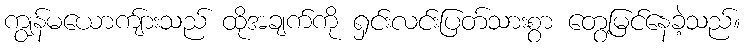
ကျွန်မယောကျ်ားသည် ထိုအချက်ကို ရှင်းလင်းပြတ်သားစွာ တွေ့မြင်နေခဲ့သည်။